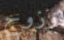
وزوج